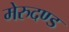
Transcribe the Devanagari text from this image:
मेरुदण्‍ड